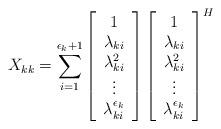
LaTeX: \begin{align*} X_{kk} = \sum_{i=1}^{\epsilon_k+1} \left[\begin{array}{c} 1 \\ \lambda_{ki} \\ \lambda_{ki}^2 \\ \vdots \\ \lambda_{ki}^{\epsilon_k} \end{array}\right] \left[\begin{array}{c} 1 \\ \lambda_{ki} \\ \lambda_{ki}^2 \\ \vdots \\ \lambda_{ki}^{\epsilon_k} \end{array}\right]^H\end{align*}